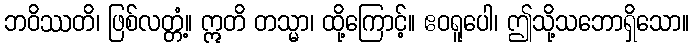
ဘဝိဿတိ၊ ဖြစ်လတ္တံ့။ ဣတိ တသ္မာ၊ ထို့ကြောင့်။ ဧဝရူပေါ၊ ဤသို့သဘောရှိသော။